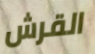
القرش